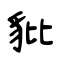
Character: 豼